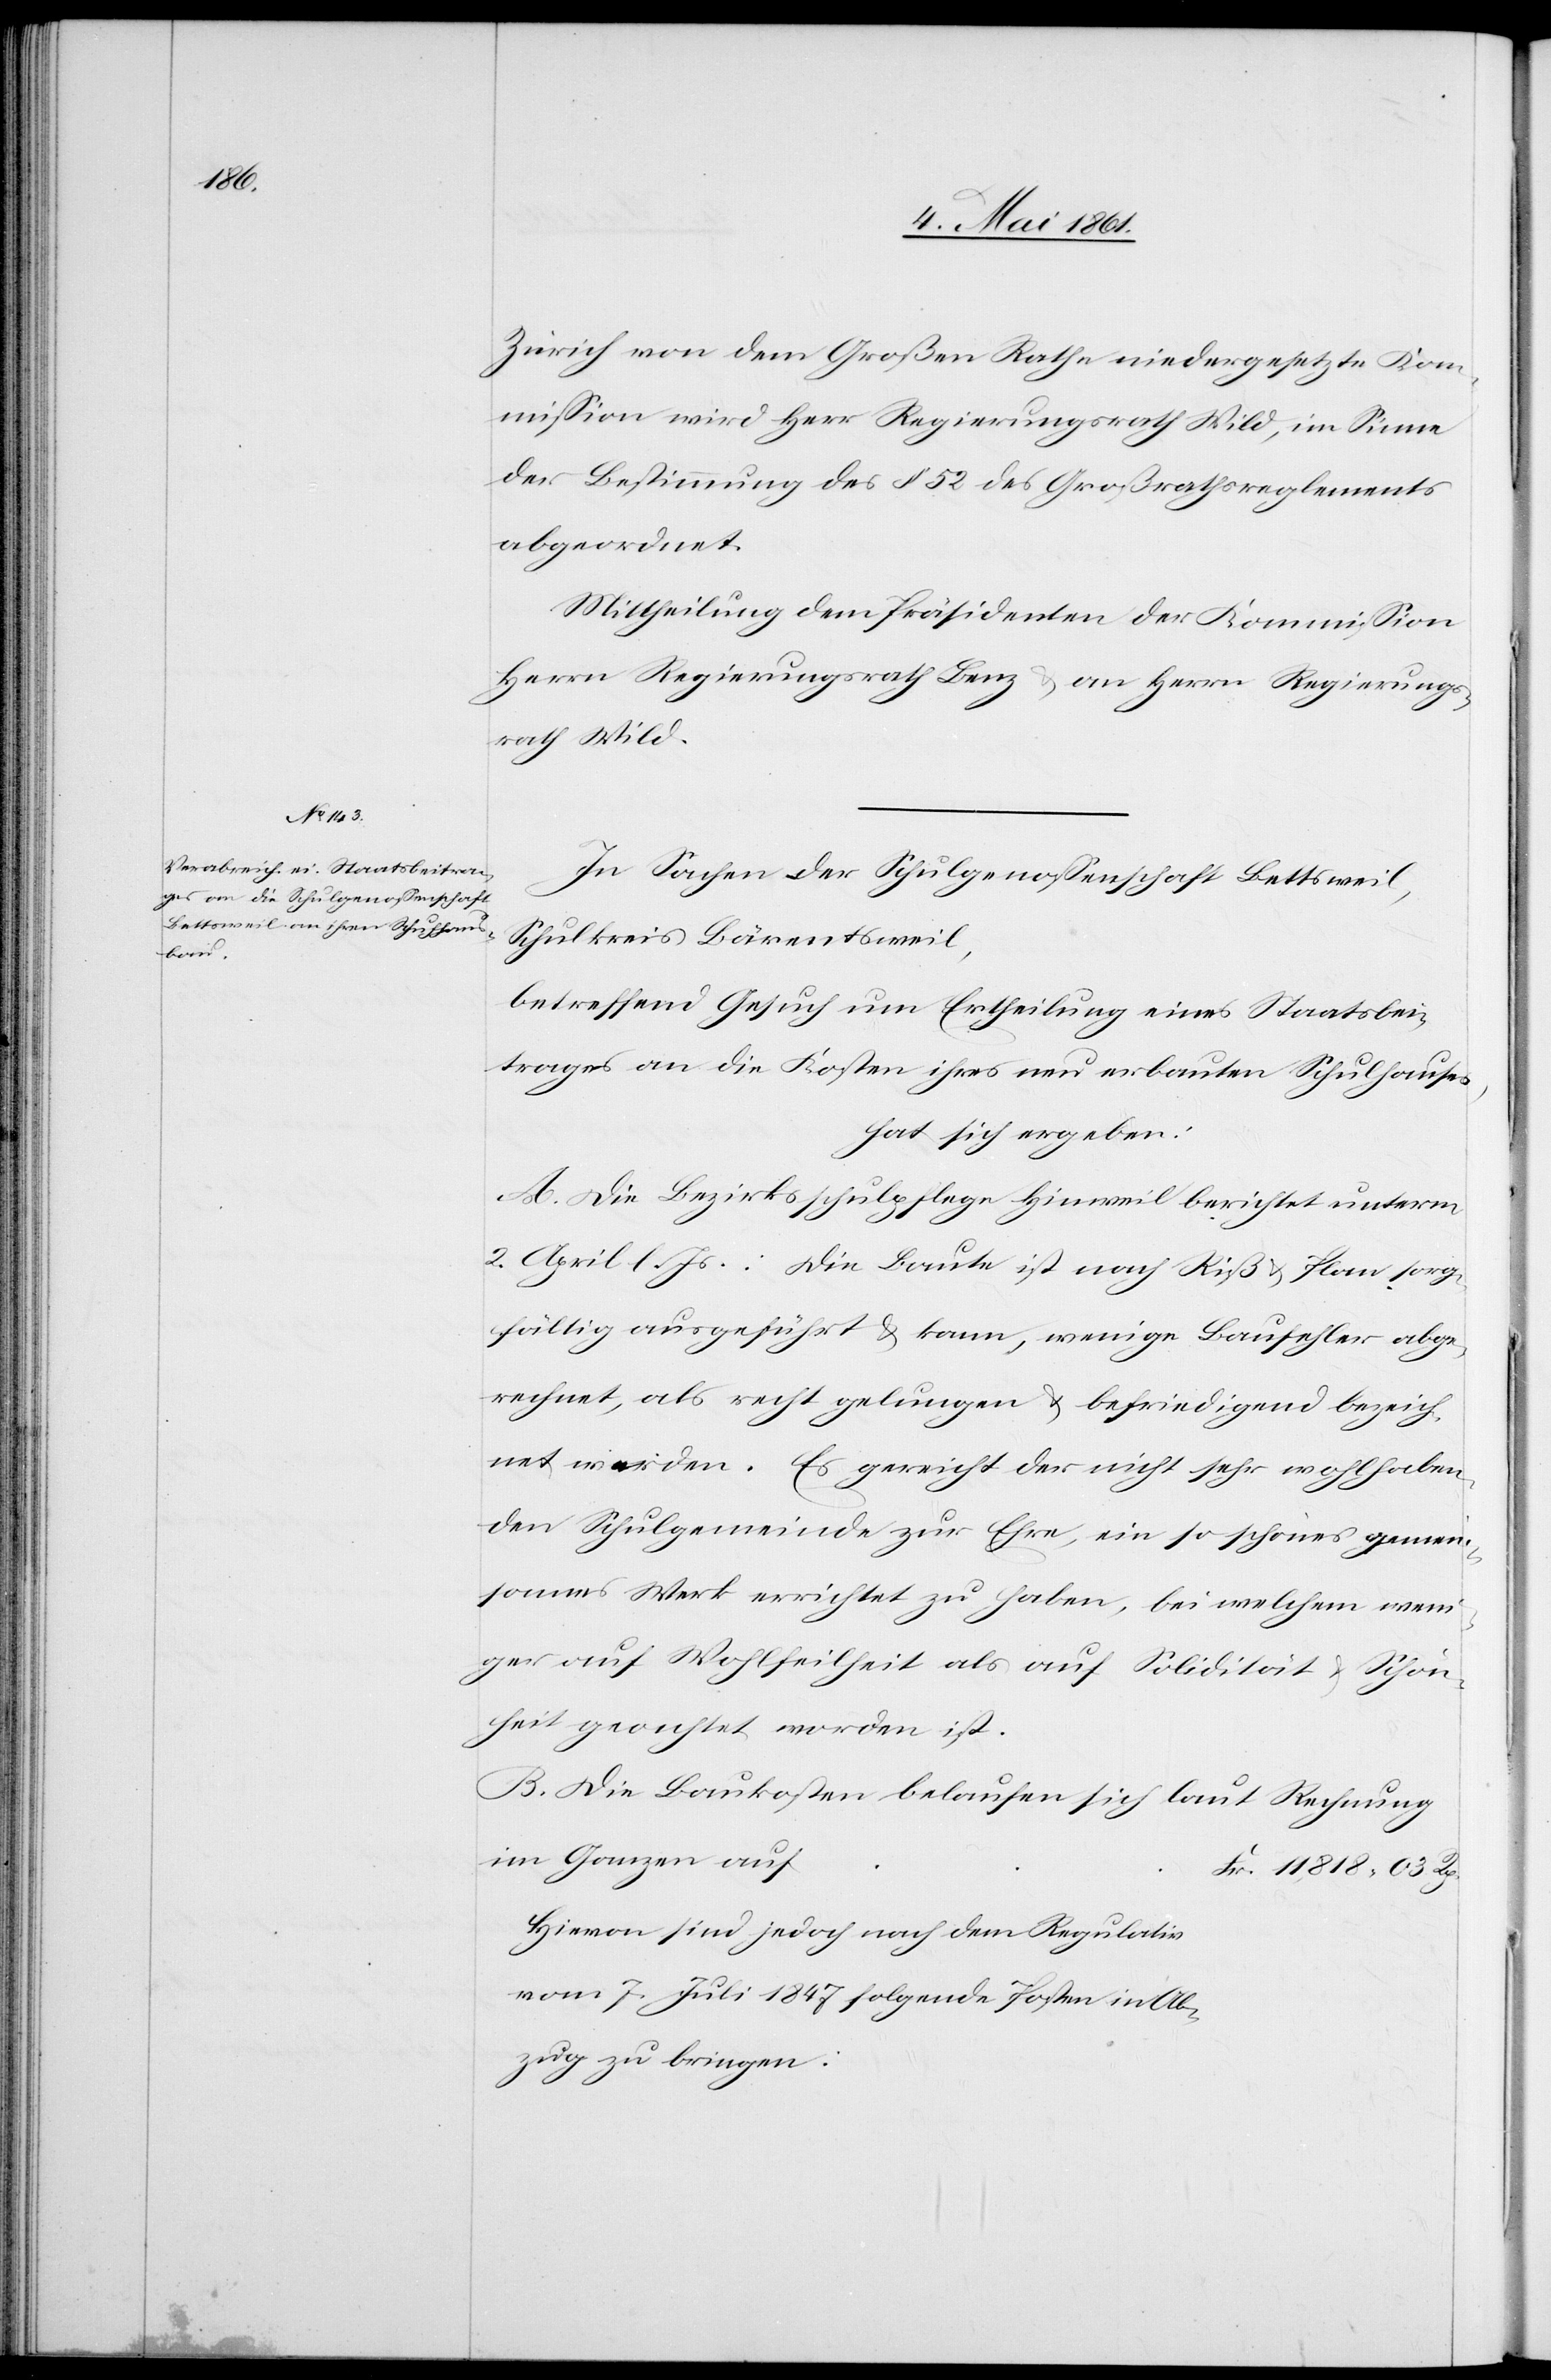
Zürich von dem Großen Rathe niedergesetzte Kom¬
mission wird Herr Regierungsrath Wild, im Sinne
der Bestimmung des § 52 des Großrathsreglements
abgeordnet.
Mittheilung dem Präsidenten der Kommission
Herrn Regierungsrath Benz u. an Herrn Regierungs¬
rath Wild.
In Sachen der Schulgenossenschaft Bettsweil,
Schulkreis Bärentsweil,
betreffend Gesuch um Ertheilung eines Staatsbei¬
trages an die Kosten ihres neu erbauten Schulhauses,
hat sich ergeben:
A. Die Bezirksschulpflege Hinweil berichtet unterm
2. April l. Js.: Die Baute ist nach Riß u. Plan sorg¬
fältig ausgeführt u. kann, wenige Baufehler abge¬
rechnet, als recht gelungen u. befriedigend bezeich¬
net werden. Es gereicht der nicht sehr wohlhaben¬
den Schulgemeinde zur Ehre, ein so schönes gemein¬
sames Werk errichtet zu haben, bei welchem weni¬
ger auf Wohlfeilheit als auf Solidität u. Schön¬
heit geachtet worden ist.
B. Die Baukosten belaufen sich laut Rechnung
im Ganzen auf
Hievon sind jedoch nach dem Regulativ
vom 7. Juli 1847 folgende Posten in Ab¬
zug zu bringen: